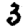
Digit: 3